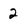
Character: 2